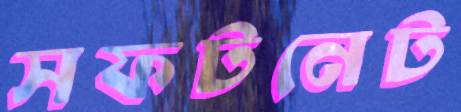
সফটনেট